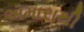
અમારાથી